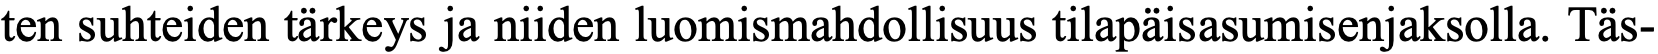
ten suhteiden tärkeys ja niiden luomismahdollisuus tilapäisasumisenjaksolla. Täs-